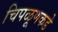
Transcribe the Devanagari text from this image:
चिपळूणकडे